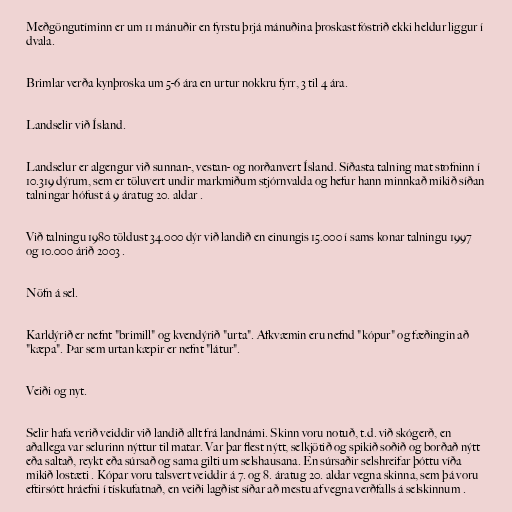
Meðgöngutíminn er um 11 mánuðir en fyrstu þrjá mánuðina þroskast fóstrið ekki heldur liggur í
dvala.

Brimlar verða kynþroska um 5-6 ára en urtur nokkru fyrr, 3 til 4 ára.

Landselir við Ísland.

Landselur er algengur við sunnan-, vestan- og norðanvert Ísland. Síðasta talning mat stofninn í
10.319 dýrum, sem er töluvert undir markmiðum stjórnvalda og hefur hann minnkað mikið síðan
talningar hófust á 9 áratug 20. aldar .

Við talningu 1980 töldust 34.000 dýr við landið en einungis 15.000 í sams konar talningu 1997
og 10.000 árið 2003 .

Nöfn á sel.

Karldýrið er nefnt "brimill" og kvendýrið "urta". Afkvæmin eru nefnd "kópur" og fæðingin að
"kæpa". Þar sem urtan kæpir er nefnt "látur".

Veiði og nyt.

Selir hafa verið veiddir við landið allt frá landnámi. Skinn voru notuð, t.d. við skógerð, en
aðallega var selurinn nýttur til matar. Var þar flest nýtt, selkjötið og spikið soðið og borðað nýtt
eða saltað, reykt eða súrsað og sama gilti um selshausana. En súrsaðir selshreifar þóttu víða
mikið lostæti . Kópar voru talsvert veiddir á 7. og 8. áratug 20. aldar vegna skinna, sem þá voru
eftirsótt hráefni í tískufatnað, en veiði lagðist síðar að mestu af vegna verðfalls á selskinnum .